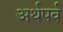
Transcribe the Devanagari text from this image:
अर्थपर्व